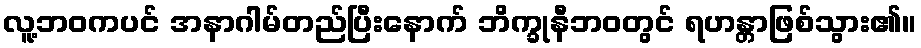
လူ့ဘဝကပင် အနာဂါမ်တည်ပြီးနောက် ဘိက္ခုနီဘဝတွင် ရဟန္တာဖြစ်သွား၏။